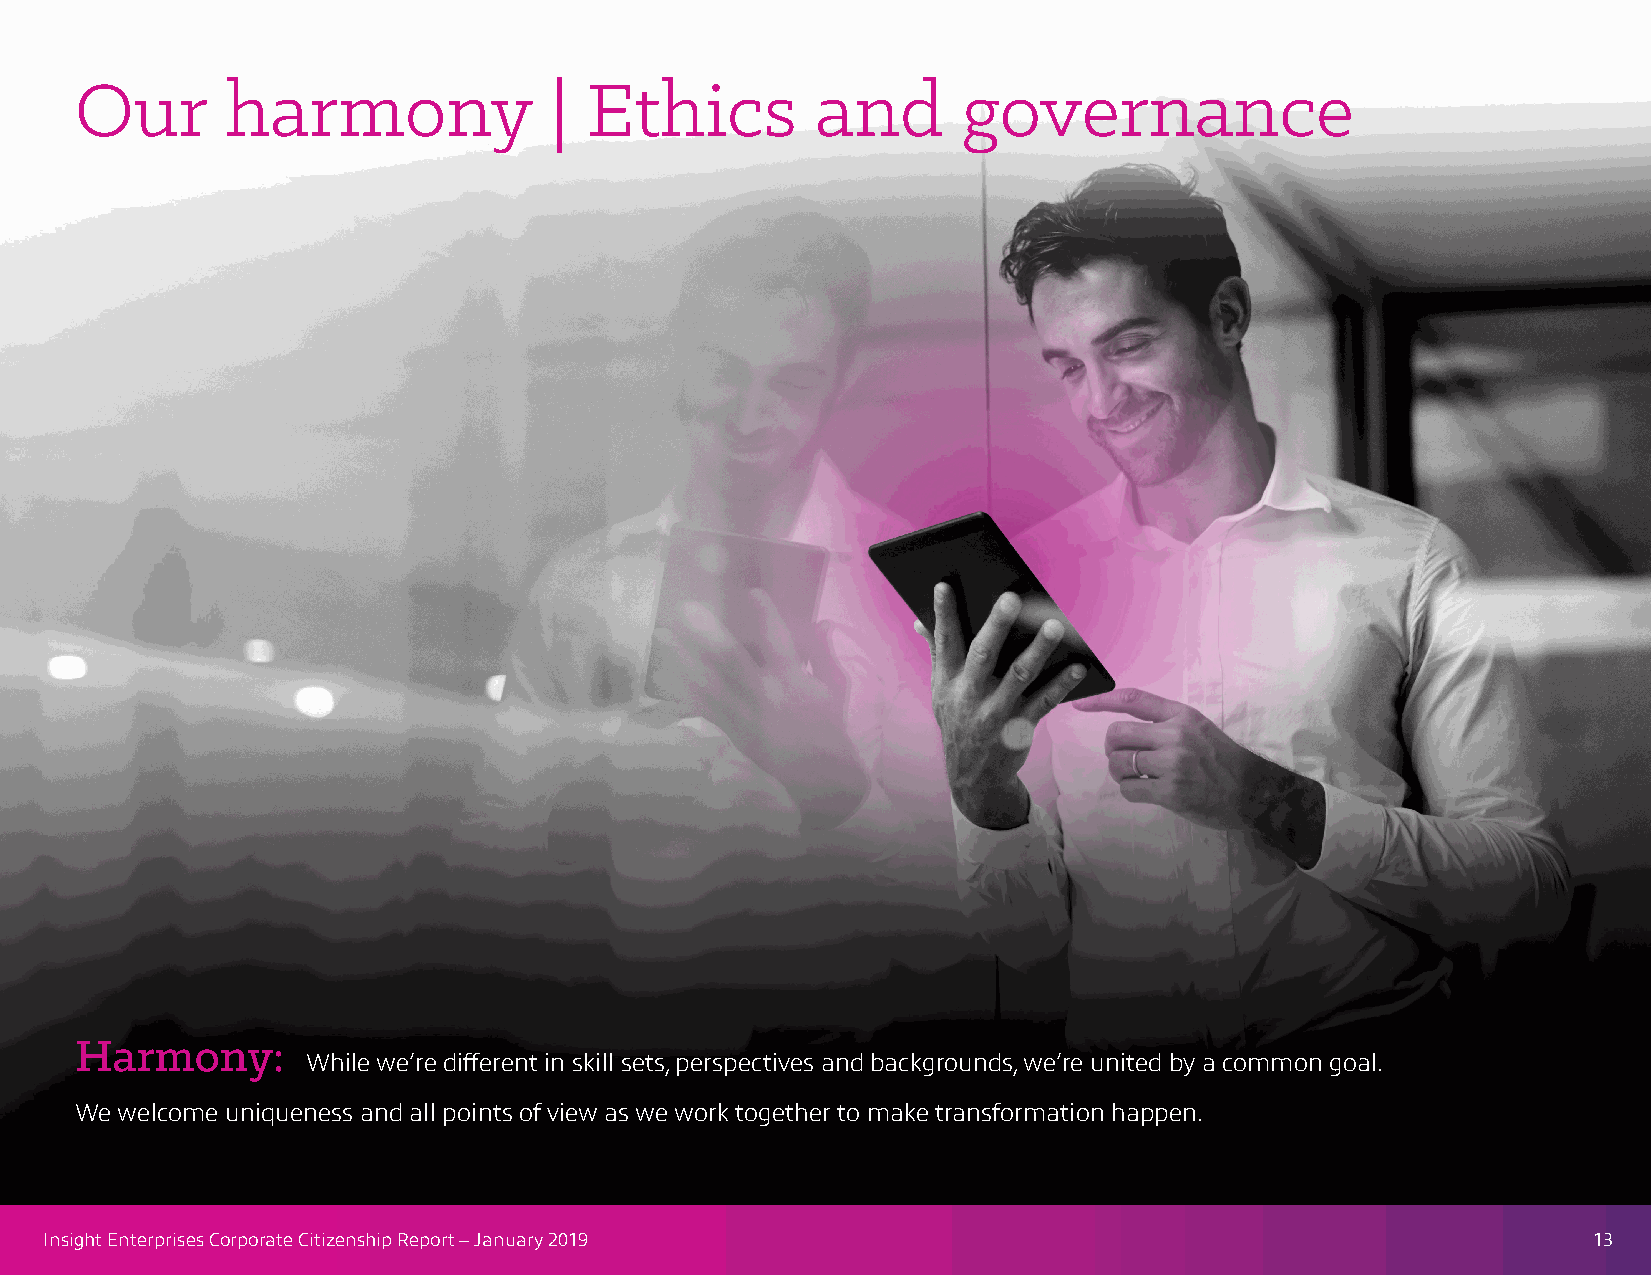
Our       harmony              |  Ethics         and       governance
 Harmony:
 While we’re different in skill sets, perspectives and backgrounds, we’re united by a common goal.
 We welcome uniqueness and all points of view as we work together to make transformation happen.
 Insight Enterprises Corporate Citizenship Report – January 2019                                       13